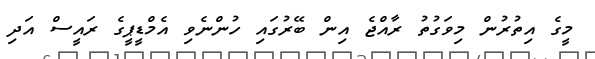
މީގެ އިތުރުން މިވަގުތު ރާއްޖެ އިން ބޭރުގައި ހުންނެވި އެމްޑީޕީގެ ރައީސް އަދި